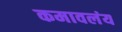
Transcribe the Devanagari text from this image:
कमावलंय